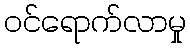
ဝင်ရောက်လာမှု